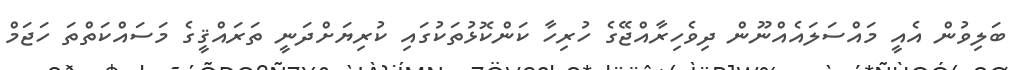
ބަލިވުން އެއީ މައްސަލައެއްނޫން ދިވެހިރާއްޖޭގެ ހުރިހާ ކަންކޮޅުތަކުގައި ކުރިޔަށްދަނީ ތަރައްޤީގެ މަސައްކަތްތަ ހަޖަމް